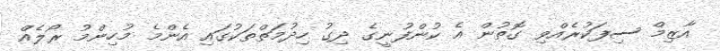
އާޒިމް ސިފަކުރެއްވި ގޮތުން އެ ކުންފުނީގެ ދިގު ހިދުމަތްތަކުގައި އެންމެ މުހިންމު ރޯލެއް